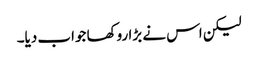
لیکن اس نے بڑا روکھا جواب دیا۔